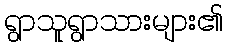
ရွာသူရွာသားများ၏